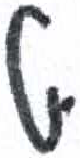
אות: ט